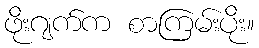
ဖိုးဂျက်က စာကြမ်းပိုး။